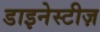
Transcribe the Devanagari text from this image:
डाइनेस्टीज़